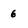
Character: 6